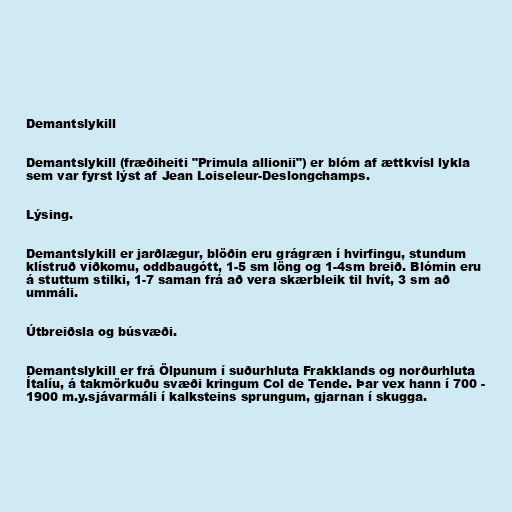
Demantslykill

Demantslykill (fræðiheiti "Primula allionii") er blóm af ættkvísl lykla
sem var fyrst lýst af Jean Loiseleur-Deslongchamps.

Lýsing.

Demantslykill er jarðlægur, blöðin eru grágræn í hvirfingu, stundum
klístruð viðkomu, oddbaugótt, 1-5 sm löng og 1-4sm breið. Blómin eru
á stuttum stilki, 1-7 saman frá að vera skærbleik til hvít, 3 sm að
ummáli.

Útbreiðsla og búsvæði.

Demantslykill er frá Ölpunum í suðurhluta Frakklands og norðurhluta
Ítalíu, á takmörkuðu svæði kringum Col de Tende. Þar vex hann í 700 -
1900 m.y.sjávarmáli í kalksteins sprungum, gjarnan í skugga.